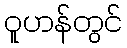
ဝူဟန်တွင်